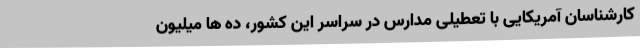
کارشناسان آمریکایی با تعطیلی مدارس در سراسر این کشور، ده ها میلیون